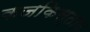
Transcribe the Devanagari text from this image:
कजकिस्तान